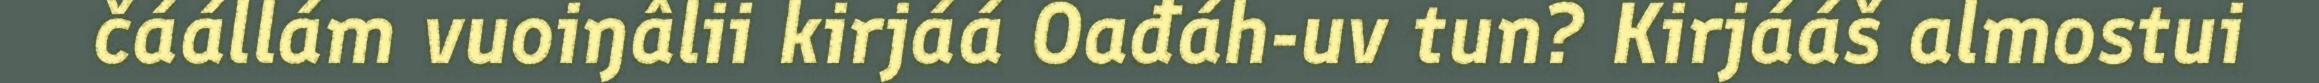
čáállám vuoiŋâlii kirjáá Oađáh-uv tun? Kirjááš almostui